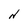
Character: N